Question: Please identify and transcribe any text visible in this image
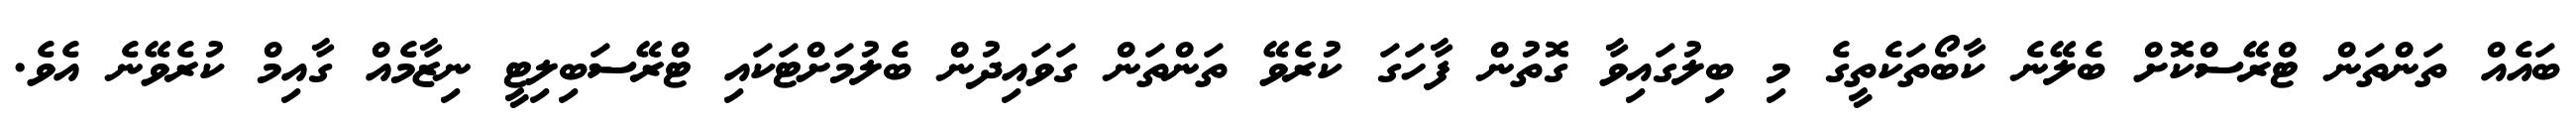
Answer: ބައެއް ތަންތަން ޓްރޭސްކޮށް ބެލޭނެ ކާބޯތަކެތީގެ މި ބިލުގައިވާ ގޮތުން ފާހަގަ ކުރެވޭ ތަންތަން ގަވައިދުން ބެލުމަށްޓަކައި ޓްރޭސަބިލިޓީ ނިޒާމެއް ގާއިމް ކުރެވޭނެ އެވެ.